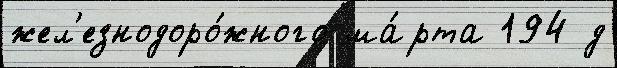
жел'езнодоро́жного ма́рта 194 д